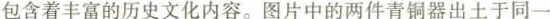
包含着丰富的历史文化内容。图片中的两件青铜器出土于同一